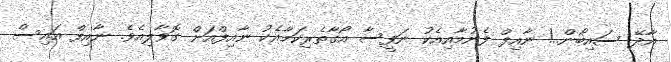
އާދޭ ސައިބޯން..! ނާއިފް ފެނުމާއިއެކު ނަފީސާ އޯގާތެރިކަމާއެކު ނާއިފްއަށް ގޮވާލިއެވެ. ނާއިފް އައިސް